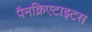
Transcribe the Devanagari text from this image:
पैनक्रिएटाइटस